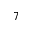
7